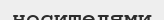
носителями